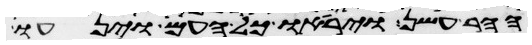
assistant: ההר עשן ויראו כל העם וינעו